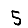
Digit: 5